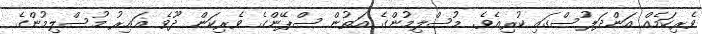
ވެރިކަމެއް އަންދަލުސްގައި ކުރިއެވެ. މުސްލިމުންގެ އަތުން ސްޕޭންގެ ވެރިކަން ދޫވެ ޣައިރު މުސްލިމުންގެ